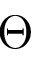
\Theta